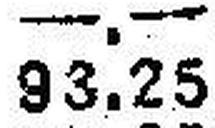
93.25